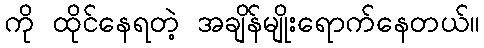
ကို ထိုင်နေရတဲ့ အချိန်မျိုးရောက်နေတယ်။